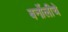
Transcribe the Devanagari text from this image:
बर्नोलीचे